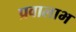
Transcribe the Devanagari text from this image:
प्रवालाभ